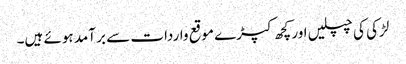
لڑکی کی چپلیں اور کچھ کپڑے موقع واردات سے بر آمد ہوئے ہیں۔